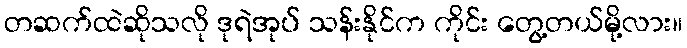
တဆက်ထဲဆိုသလို ဒုရဲအုပ် သန်းနိုင်က ကိုင်း တွေ့တယ်မို့လား။